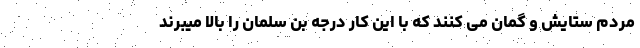
مردم ستایش و گمان می کنند که با این کار درجه بن سلمان را بالا میبرند